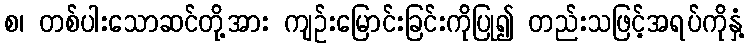
စ၊ တစ်ပါးသောဆင်တို့အား ကျဉ်းမြောင်းခြင်းကိုပြု၍ တည်းသဖြင့်အရပ်ကိုနှံ့